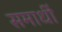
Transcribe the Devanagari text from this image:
समाधीं